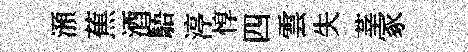
澦蕉酒䮏渟惇四雲失莘冢